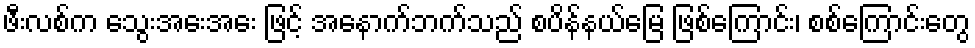
ဖီးလစ်က သွေးအေးအေး ဖြင့် အနောက်ဘက်သည် စပိန်နယ်မြေ ဖြစ်ကြောင်း၊ စစ်ကြောင်းတွေ